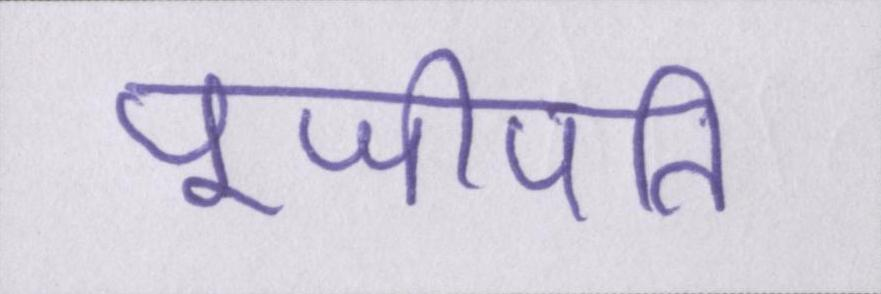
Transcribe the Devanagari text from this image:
पूजीपति